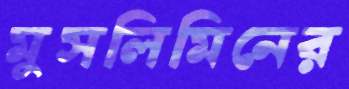
মুসলিমিনের